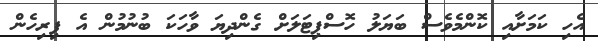
އެހި ކަމަށާއި ކޮންމެވެސް ބަޔަލު ހޮސްޕިޓަލަށް ގެންދިޔަ ވާހަކަ ބުނުމުން އެ ފިރިހެން